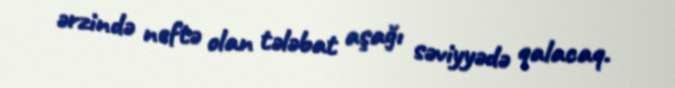
ərzində neftə olan tələbat aşağı səviyyədə qalacaq.